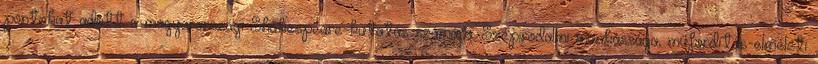
pontokat adott a magyarországi Shakespeare-kutatás számára. Szépirodalmi munkássága, műfordítás-elméleti